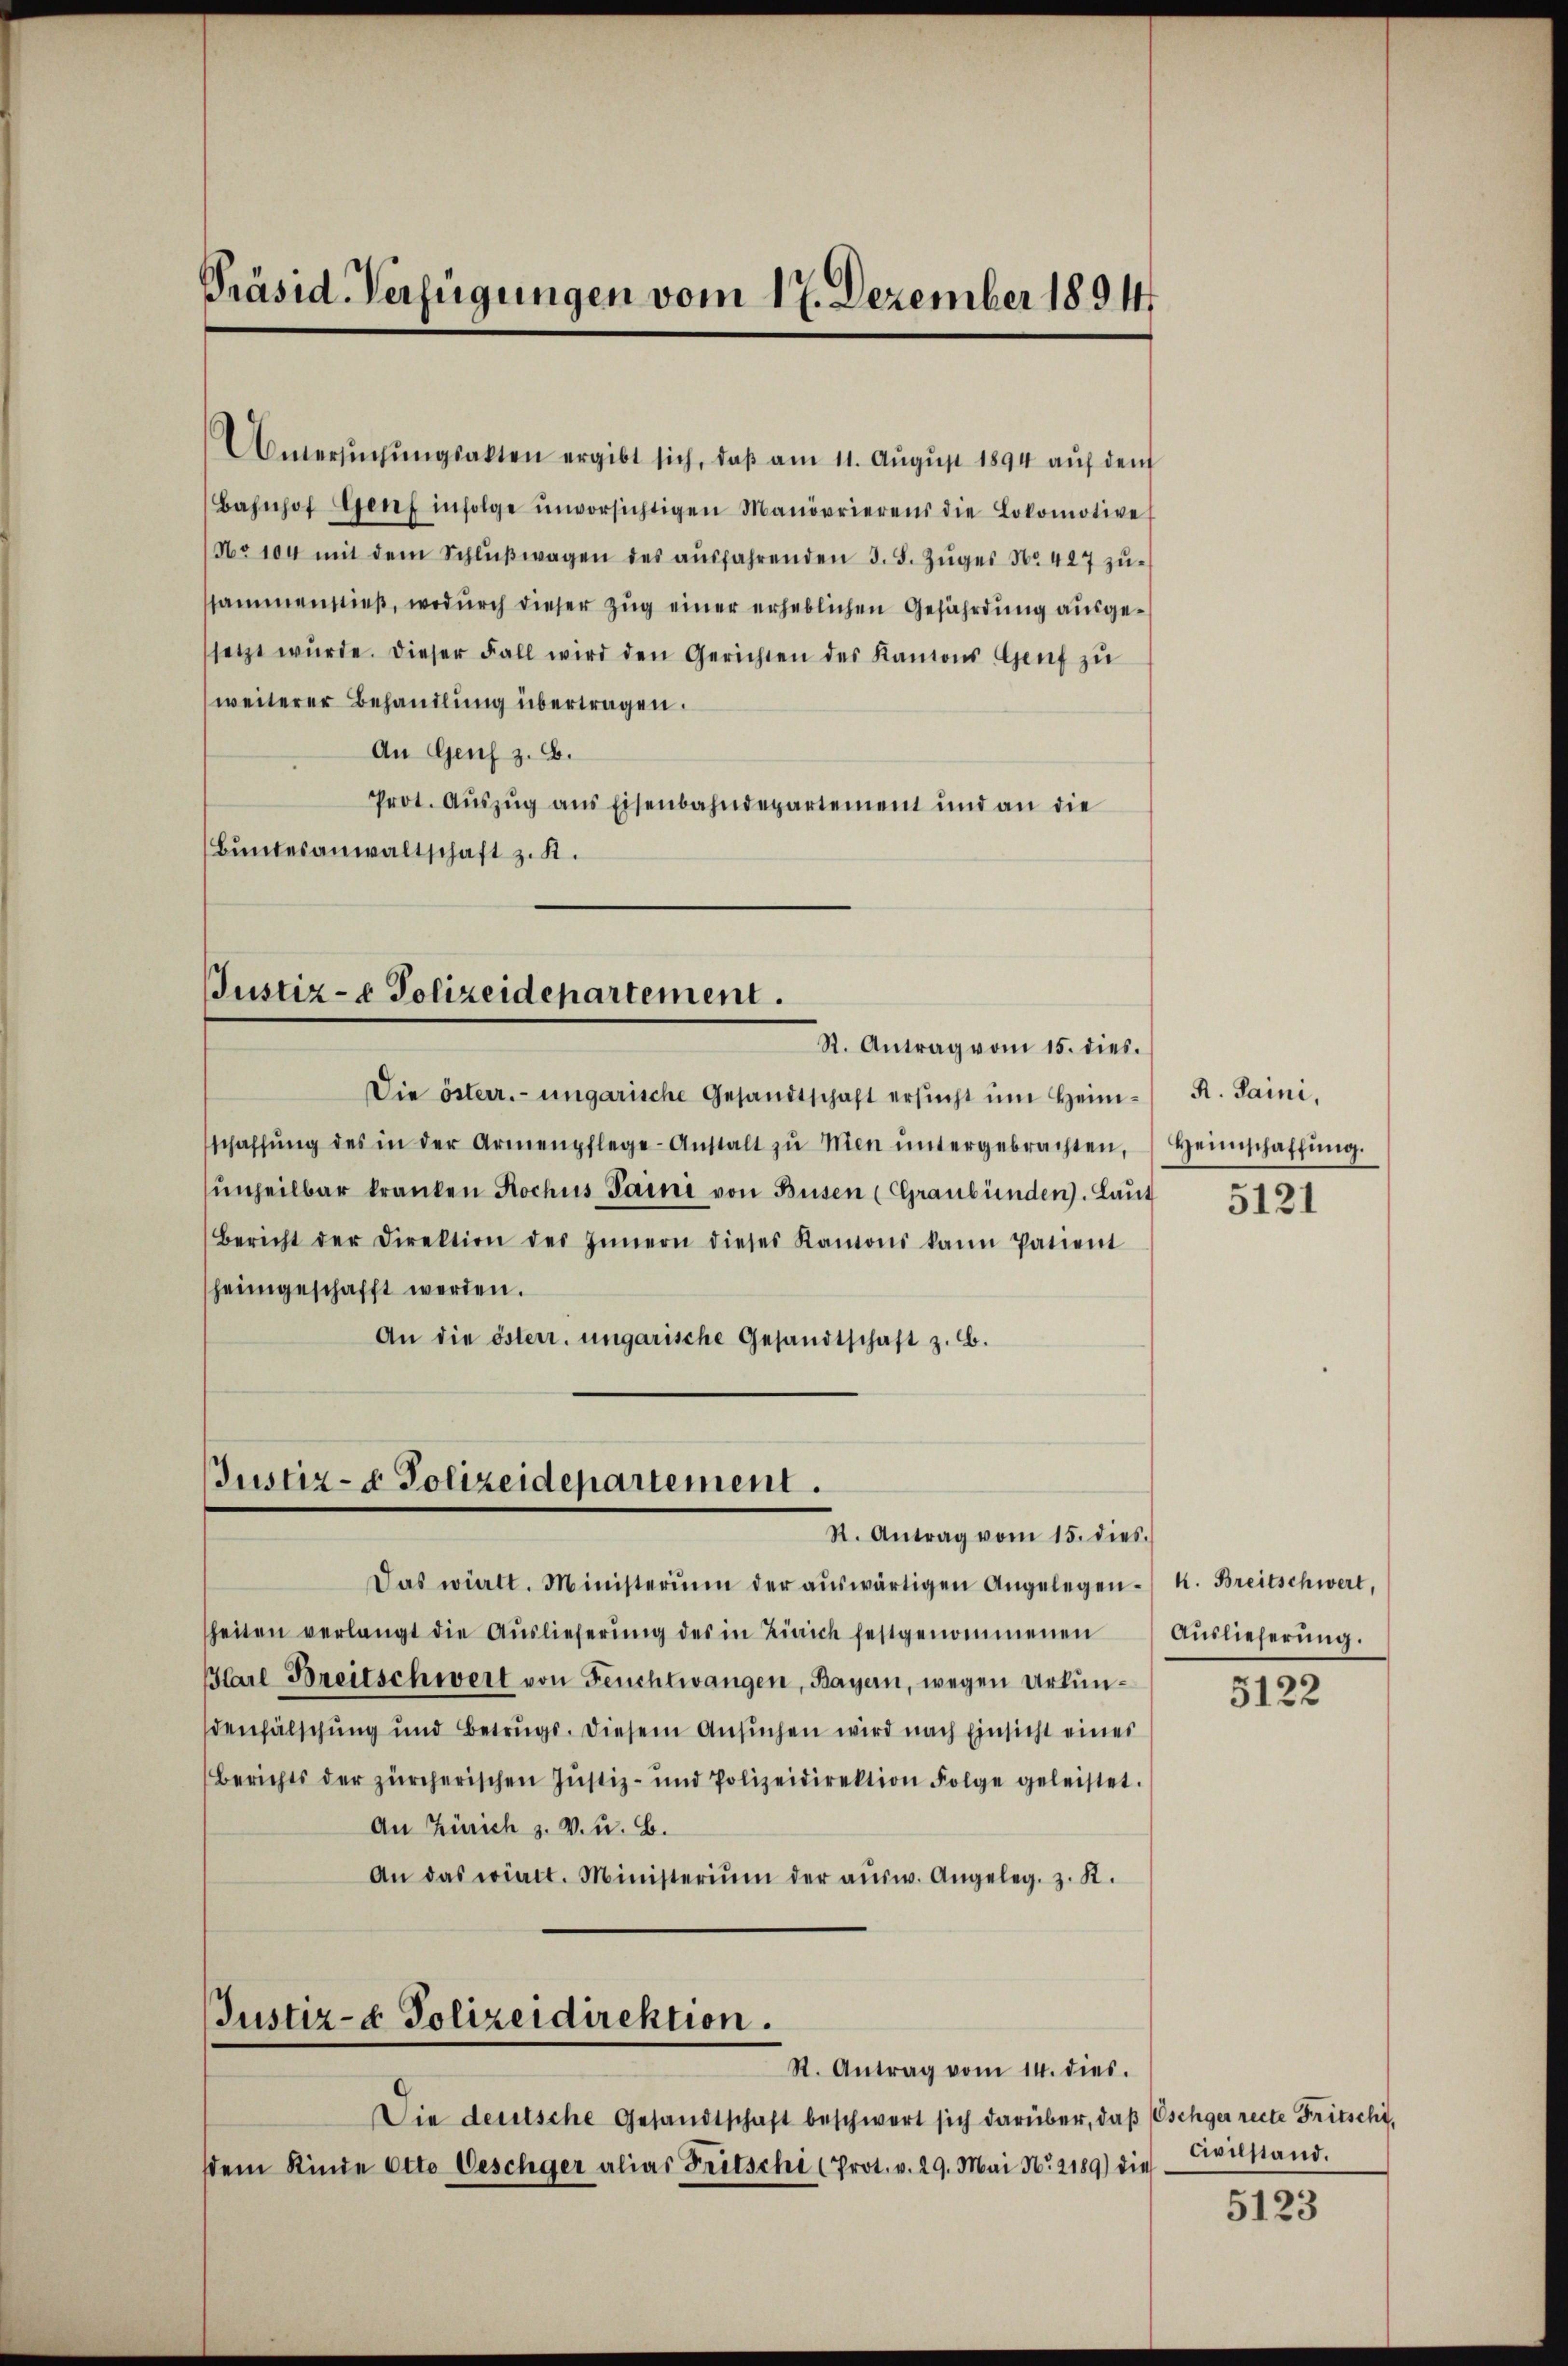
Präsid. Verfügungen vom 17. Dezember 1891

Untersŭchŭngsakten ergibt sich, daß am 11. August 1894 auf dem
Bahnhof Genf infolge ŭnvorsichtigen Manövrierens die Lokomotive
No 104 mit dem Schlŭβwagen des aŭsfahrenden 3. S. Zŭger No. 427 zŭ-
ssammenstieß, wodurch dieser Zug einer erheblichen Gefährdung ausgesetzt wŭrde. Dieser Fall wird den Gerichten des Kantons Genf zu
weiterer Behandlung übertragen.
An Genf z. B.
Prot. Aŭszŭg ans Eisenbahndepartement und an die
Bundesanwaltschaft z. B.

Justiz- & Polizeidepartement.
R. Antrag vom 15. dies.

Die österr. ungarische Gesandtschaft ersucht um Heimschaffŭng des in der Armenpflege-Anstalt zŭ mien ŭntergebrachten,
unheilbar kranken Rochus Paini von Busen (Graubünden). Laut
Bericht der Direktion des Innern dieses Kantons kann Patient
heimgeschafft werden.
An die österr. ungarische Gesandtschaft z. B.

Justiz- & Polizeidepartement.
R. Antrag vom 15. dies.

Das wirtt. Ministerium der aŭswärtigen Angelegen-
heiten verlangt die Auslieferung des in Zürich festgenommenen
Karl Breitschwert von Feuchtwangen, Bayern, wegen Urkundenfälschung und Betrugs. Diesem Ansŭchen wird nach Einsicht eines
Berichts der zürcherischen Justiz- und Polizeidirektion Folge geleistet.
An Zürich z. V. u. B.
An das wielt. Ministerium der aŭsw. Angeleg. z. B.
Justiz- & Polizeidirektion.
R. Antrag vom 14. dies.
Die deutsche Gesandtschaft beschwert sich darüber, daβ Oschger recte Fritschi,
ddem Kinde Otto Geschger alias Fritschi (Prot. v. 29. Mai No. 2189) die

R. Saini,
Heimschaffung.

5121

k. Breitschwert,
Auslieferung.

5122

Civilstand.

5123